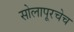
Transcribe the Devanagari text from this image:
सोलापूरचेच